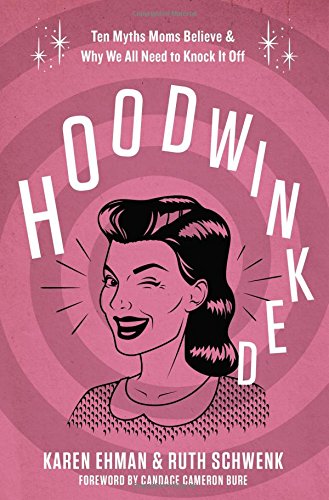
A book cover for Hoodwinked: Ten Myths Moms Believe and   Why We All Need To Knock It Off; Karen Ehman; Christian Books & Bibles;